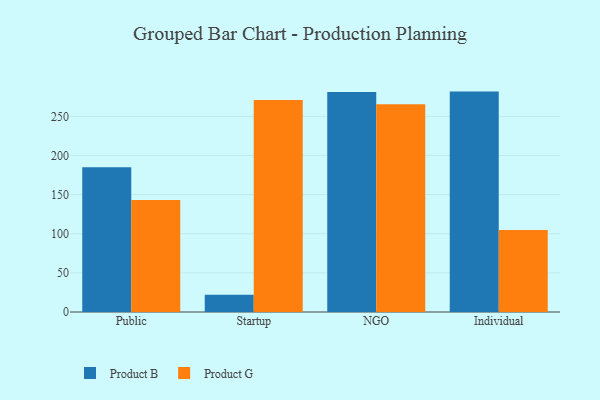
{"axis": {"x": "Segment", "y": "Latency (ms)"}, "legend": ["Product B", "Product G"], "data": [{"x": "Public", "y": 185.1, "type": "Product B"}, {"x": "Public", "y": 143.2, "type": "Product G"}, {"x": "Startup", "y": 22.1, "type": "Product B"}, {"x": "Startup", "y": 270.9, "type": "Product G"}, {"x": "NGO", "y": 281.2, "type": "Product B"}, {"x": "NGO", "y": 265.3, "type": "Product G"}, {"x": "Individual", "y": 281.6, "type": "Product B"}, {"x": "Individual", "y": 104.8, "type": "Product G"}]}